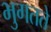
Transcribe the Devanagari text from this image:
भुगतते